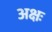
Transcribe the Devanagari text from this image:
अक्षः